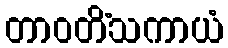
တာဝတိံသကာယံ